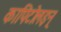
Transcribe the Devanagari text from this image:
कापिटोलइन्